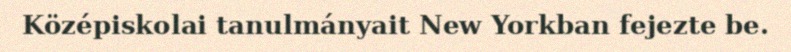
Középiskolai tanulmányait New Yorkban fejezte be.